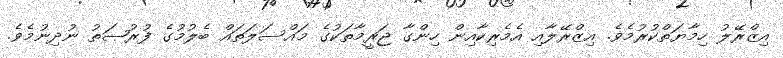
އިޒްރޭލު ހިމާޔަތްކުރުމެވެ. އިޒްރޭލާއި އެމެރިކާއިން ހިންގާ ޖަރީމާތަކުގެ މައްސަލަތައް ބެލުމުގެ ފުރުޞަތު ނުދިނުމެވެ.